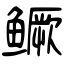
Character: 鳜